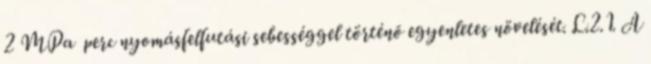
2 MPa perc nyomásfelfutási sebességgel történõ egyenletes növelését. L.2.1. A